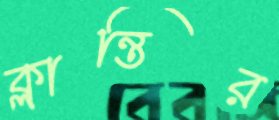
ক্লান্তির